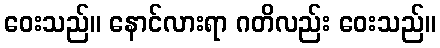
ဝေးသည်။ နောင်လားရာ ဂတိလည်း ဝေးသည်။